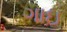
ગાઇ